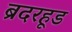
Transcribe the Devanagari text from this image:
ब्रदरहूड